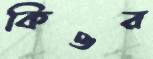
কিওর